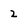
Character: 2